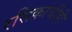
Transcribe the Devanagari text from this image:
रसिकांचीही